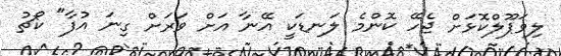
ލިވަޕޫލްކޮޅަށް ޖެހޭ ކޮންމެ ލަނޑަކީ އޭނާ އަށް ވަރަށް ގިނަ އުފާ" ކޯޗު